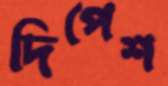
দিপেশ